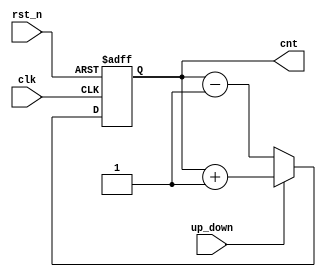
// This program was cloned from: https://github.com/RomeoMe5/DDLM
// License: MIT License

// Up-down counter 

module cnt_updown 
#( 
  parameter WIDTH=16
)
(
 input                  clk,
 input                  rst_n,
 input                  up_down, 
 output reg [WIDTH-1:0] cnt
 );
   
   always@(posedge clk or negedge rst_n)
     begin
        if(!rst_n)
          cnt <= {WIDTH{1'b0}};
        else if(up_down)
          cnt <= cnt + 1'b1;
        else
          cnt <= cnt - 1'b1;
     end
   
endmodule // cnt_updown